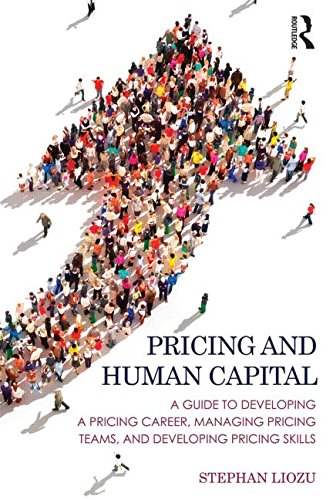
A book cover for Pricing and Human Capital: A Guide to Developing a Pricing Career, Managing Pricing Teams, and Developing Pricing Skills; Stephan M Liozu; Business & Money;